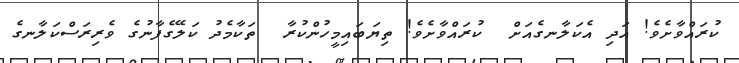
ކުރައްވާށެވެ! އަދި އެކަލާނގެއަށް  ކުރައްވާށެވެ! ތިޔަބައިމީހުންކުރާ  ތަކާމެދު ކަލޭގެފާނުގެ ވެރިރަސްކަލާނގެ